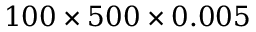
1 0 0 \times 5 0 0 \times 0 . 0 0 5